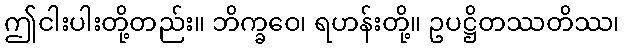
ဤငါးပါးတို့တည်း။ ဘိက္ခဝေ၊ ရဟန်းတို့။ ဥပဋ္ဌိတဿတိဿ၊